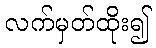
လက်မှတ်ထိုး၍